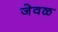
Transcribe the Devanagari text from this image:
जेवळ